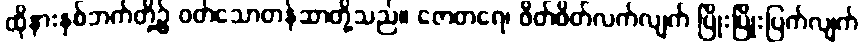
ထိုနားနှစ်ဘက်တို့၌ ဝတ်သောတန်ဆာတို့သည်။ ဇောတရေ၊ ဖိတ်ဖိတ်လက်လျက် ပြိုးပြိုးပြက်လျက်